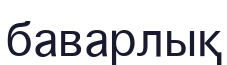
баварлық